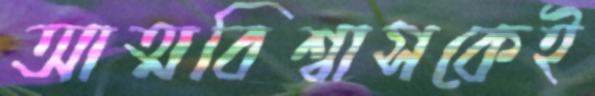
আত্মবিশ্বাসকেই